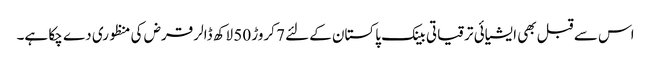
اس سے قبل بھی ایشیائی ترقیاتی بینک پاکستان کےلئے 7 کروڑ 50 لاکھ ڈالر قرض کی منظوری دے چکا ہے۔